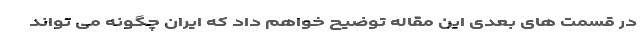
در قسمت های بعدی این مقاله توضیح خواهم داد که ایران چگونه می تواند